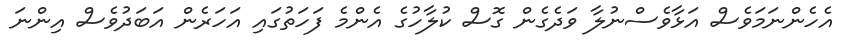
އެހެންނަމަވެސް އަޅާވެސްނުލާ ވަދެގެން ގޮސް ކުލާހުގެ އެންމެ ފަހަތުގައި އަހަރެން އަބަދުުވެސް އިންނަ